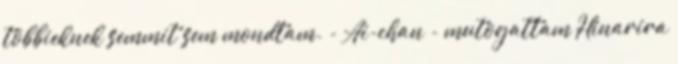
többieknek semmit sem mondtam. - Ai-chan - mutogattam Hinarira